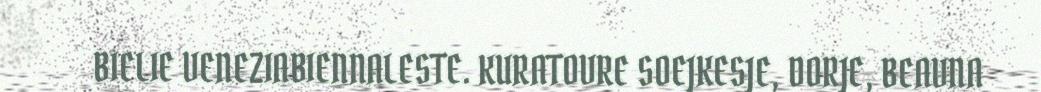
BIELIE VENEZIABIENNALESTE. KURATOVRE SOEJKESJE, DORJE, BEAVNA